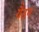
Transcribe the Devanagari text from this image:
गैठन